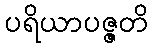
ပရိယာပဇ္ဇတိ